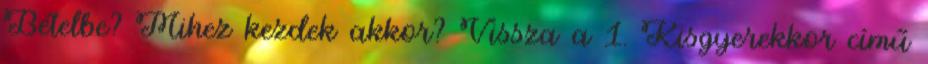
Bételbe? Mihez kezdek akkor? Vissza a 1. Kisgyerekkor című